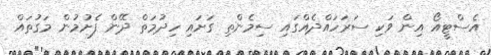
އެސްޓީއޯ އިން ވަކި ސަރަހައްދެއްގައި ސިމެންތި ގަށައި ހިދުމަތް ދޭން ފެށުމުން މަގުތައް